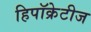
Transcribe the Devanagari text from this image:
हिपॉक्रेटीज